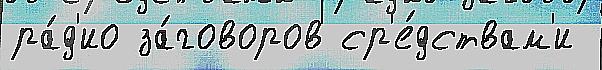
ра́д'ио за́говоров ср'е́дствам'и